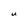
Character: U